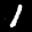
Label: 1